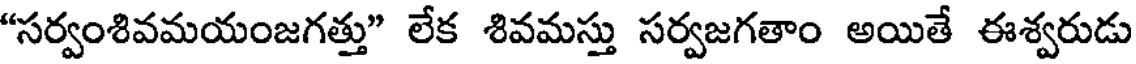
"సర్వంశివమయంజగత్తు" లేక శివమస్తు సర్వజగతాం అయితే ఈశ్వరుడు